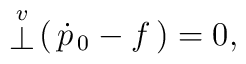
\stackrel{\scriptstyle v}{\bot}\!(\,{\dot p}_{\hskip0.5mm 0}-f\,)=0,